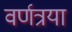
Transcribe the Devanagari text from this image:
वर्णत्रया